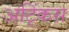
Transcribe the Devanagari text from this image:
अट्किंस